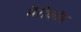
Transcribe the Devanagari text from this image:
मैरीकॉम